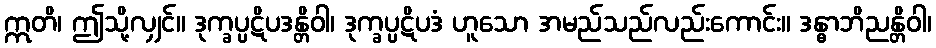
ဣတိ၊ ဤသို့လျှင်။ ဒုက္ခပ္ပဋိပဒန္တိဝါ၊ ဒုက္ခပ္ပဋိပဒံ ဟူသော အမည်သည်လည်းကောင်း။ ဒန္ဓာဘိညန္တိဝါ၊